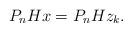
LaTeX: \begin{align*} P_n H x= P_n H z_k. \end{align*}